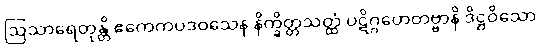
ဩသာရေတုန္တိ ဧကေကပဒဝသေန နိက္ခိတ္တသတ္ထံ ပဋိဂ္ဂဟေတဗ္ဗာနိ ဒိဋ္ဌဝိသော